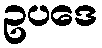
ဥပဒေ